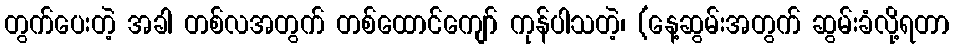
တွက်ပေးတဲ့ အခါ တစ်လအတွက် တစ်ထောင်ကျော် ကုန်ပါသတဲ့၊ (နေ့ဆွမ်းအတွက် ဆွမ်းခံလို့ရတာ